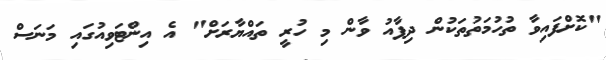
"ކޮށްފައިވާ ތުހުމަތުތަކުން ދިފާއު ވާން މި ހުރީ ތައްޔާރަށް" އެ އިންޓަވިއުގައި މަނަސް